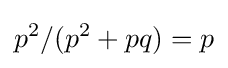
p^{2}/(p^{2}+pq)=p